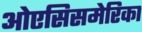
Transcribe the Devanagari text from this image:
ओएसिसमेरिका